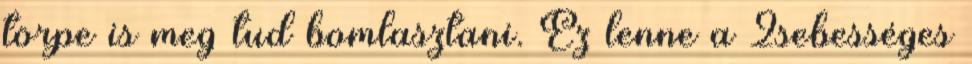
törpe is meg tud bomlasztani. Ez lenne a 2sebességes